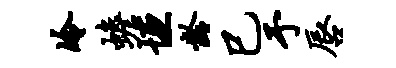
冷蟾垣龄巳予唇